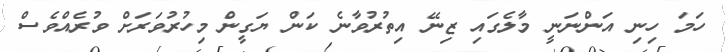
ހަމަ ހިނި އަންނަނީ މާލެގައި ޒިނޭ އިތުރުވާނެ ކަން ޔަގީން މިހުރުވަރަށް ވުރެއްވެސް